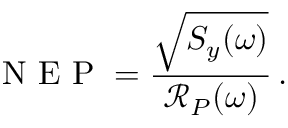
\mathrm { ~ N ~ E ~ P ~ } = \frac { \sqrt { S _ { y } ( \omega ) } } { \mathscr { R } _ { P } ( \omega ) } \, .